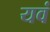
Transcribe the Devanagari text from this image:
यवं